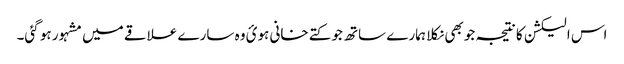
اس الیکشن کا نتیجہ جو بھی نکلا ہمارے ساتھ جو کتے خانی ہوئ وہ سارے علاقے میں مشہور ہو گئی۔